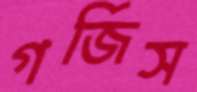
গর্জিস